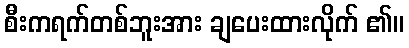
စီးကရက်တစ်ဘူးအား ချပေးထားလိုက် ၏။